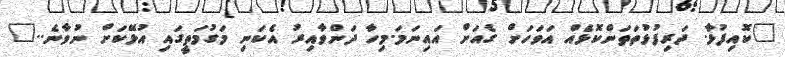
"ކޮއިފުޅާ. ދަރިފުޅުތަތަންކޮޅެއް އަވަހަށް ގެއަށް އައިނަމަ.މިހާ ދަންވާއިރު އެކަނި މަގުމަތީގައި އުޅޭކަށް ނުވާނެ.."